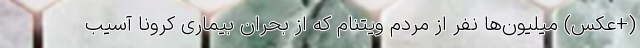
(+عکس) میلیون‌ها نفر از مردم ویتنام که از بحران بیماری کرونا آسیب